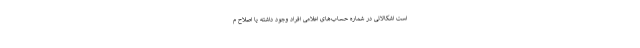
است اشکالاتی در شماره حساب‌های اعلامی افراد وجود داشته یا اصلاح م